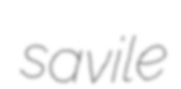
savile